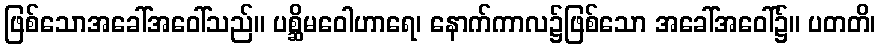
ဖြစ်သောအခေါ်အဝေါ်သည်။ ပစ္ဆိမဝေါဟာရေ၊ နောက်ကာလ၌ဖြစ်သော အခေါ်အဝေါ်၌။ ပတတိ၊